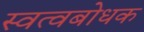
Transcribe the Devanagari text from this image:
स्वत्वबोधक